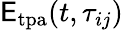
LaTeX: \mathsf{E}_{\mathrm{{tpa}}}(t,\tau_{ij})